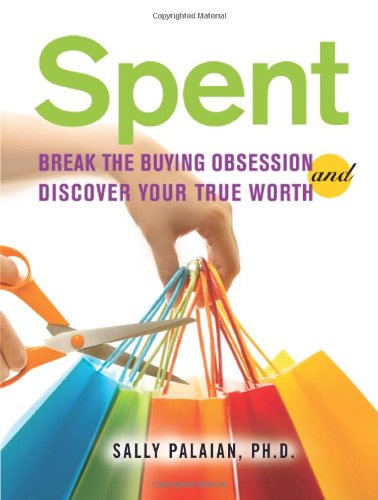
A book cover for Spent: Break the Buying Obsession and Discover Your True Worth; Sally Palaian; Health, Fitness & Dieting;